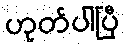
ဟုတ်ပါပြီ